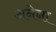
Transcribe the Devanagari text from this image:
अनेना